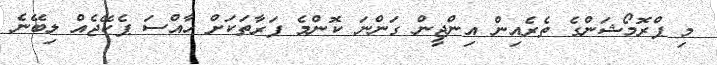
މި ޕްރޮމޯޝަންގެ ތެރެއިން އިންޖީން ގަންނަ ކޮންމެ ފަރާތަކަށް ހާއްސަ ޕެކޭޖެއް ލިބޭނެ